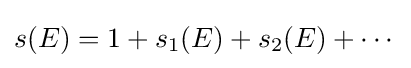
s(E)=1+s_{1}(E)+s_{2}(E)+\cdots